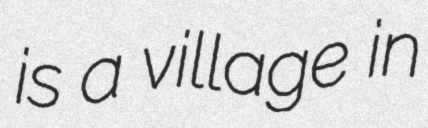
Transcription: is a village in